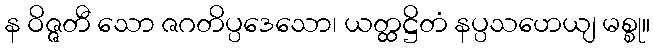
န ဝိဇ္ဇတီ သော ဇဂတိပ္ပဒေသော၊ ယတ္ထဋ္ဌိတံ နပ္ပသဟေယျ မစ္စု။